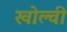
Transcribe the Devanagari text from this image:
खोल्वी